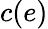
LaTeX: c(e)